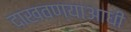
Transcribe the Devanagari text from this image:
दाखवण्याआधी